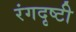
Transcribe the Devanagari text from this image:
रंगदृष्टी